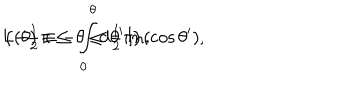
L ( \theta ) \equiv - \int _ { 0 } ^ { \theta } \mathrm { d } \theta ^ { \prime } \ln \left( \cos \theta ^ { \prime } \right) , \hspace { 1 3 m m } \left( - { \textstyle { \frac { 1 } { 2 } } } \pi \leq \theta \leq { \textstyle { \frac { 1 } { 2 } } } \pi \right) .